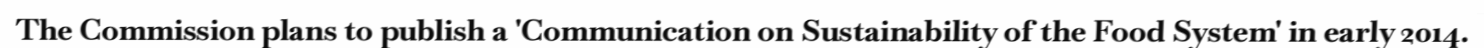
The Commission plans to publish a 'Communication on Sustainability of the Food System' in early 2014.